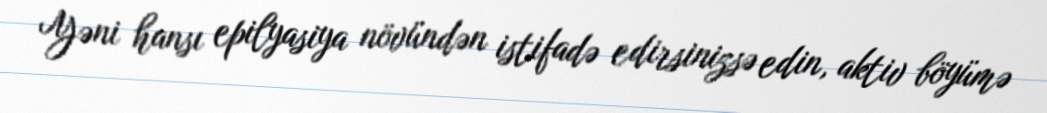
Yəni hansı epilyasiya növündən istifadə edirsinizsə edin, aktiv böyümə